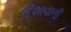
દિશાવાળી